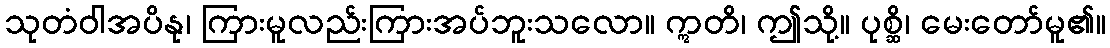
သုတံဝါအပိနု၊ ကြားမူလည်းကြားအပ်ဘူးသလော။ ဣတိ၊ ဤသို့။ ပုစ္ဆိ၊ မေးတော်မူ၏။